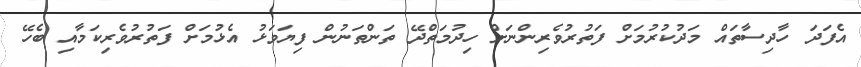
އެފަދަ ހާދިސާތައް މަދުކުރުމަށް ފަތުރުވެރިންނަށް ހިދުމަތްދޭ ތަންތަނުން ފިޔަވަޅު އެޅުމަށް ފަތުރުވެރިކަމާއި ބެހޭ